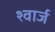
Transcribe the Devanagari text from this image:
श्वार्ज